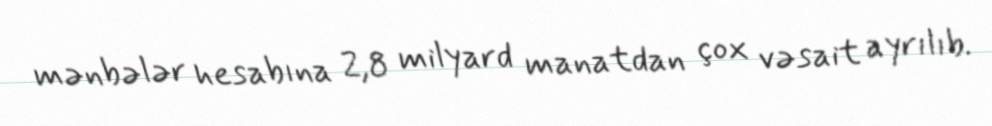
mənbələr hesabına 2,8 milyard manatdan çox vəsait ayrılıb.